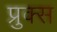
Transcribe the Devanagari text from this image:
प्रुक्स